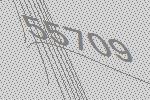
55709